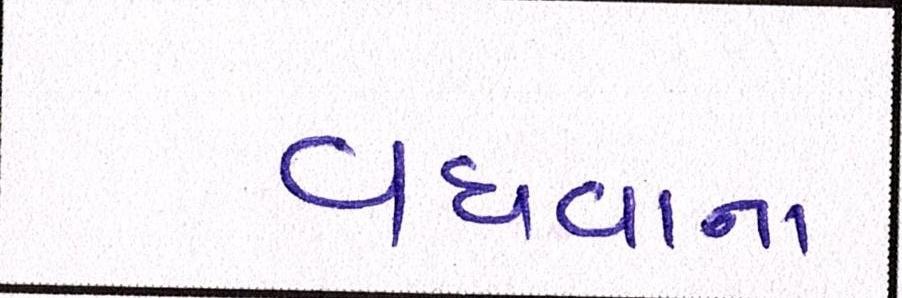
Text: વધવાના